Annual report on the lock hospitals of the Madras Presidency
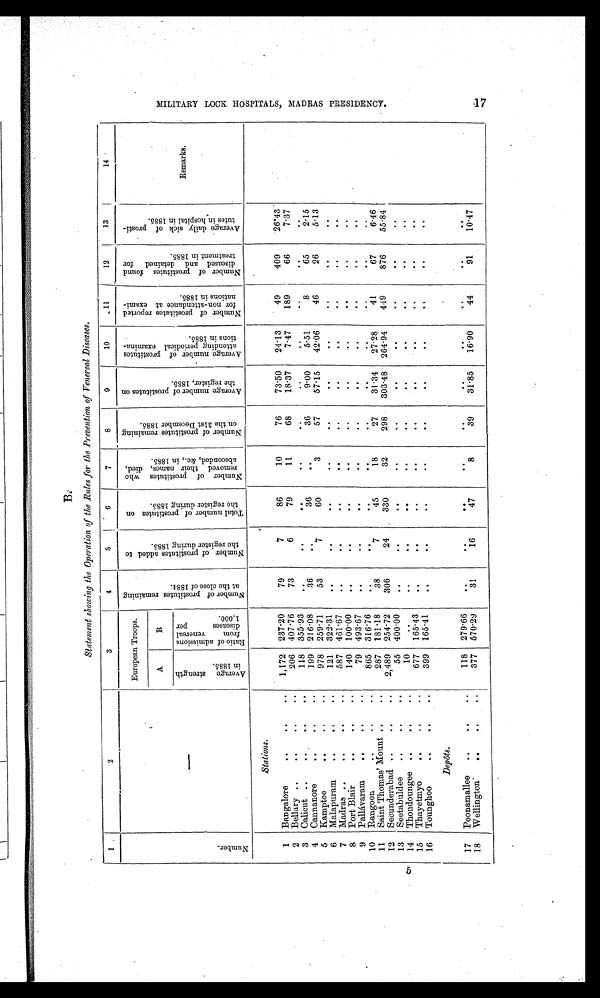
5
Statement showing the Operation of the Rules for the Prevention of Venereal Diseases.
1
2
3
4
5
6
7
8
9
10
11
1 2
13
14
N u m b e r
—
European Troops.
N u m b e r o f p r o s t i t u t e s r e m a i n i n g a t t h e c l o s e o f 1 8 8 4 .
N u m b e r o f p r o s t i t u t e s a d d e d t o t h e r e g i s t e r d u r i n g 1 8 8 5 .
T o t a l n u m b e r o f p r o s t i t u t e s o n t h e r e g i s t e r d u r i n g 1 8 8 5 .
N u m b e r o f p r o s t i t u t e s w h o r e m o v e d t h e i r n a m e s , d i e d , a b s c o n d e d , & c . , i n 1 8 8 5 .
N u m b e r o f p r o s t i t u t e s r e m a i n i n g o n t h e 3 1 s t D e c e m b e r 1 8 8 5 .
A v e r a g e n u m b e r o f p r o s t i t u t e s o n t h e r e g i s t e r , 1 8 8 5 .
A v e r a g e n u m b e r o f p r o s t i t u t e s a t t e n d i n g p e r i o d i c a l e x a m i n a t i o n s i n 1 8 8 5 .
N u m b e r o f p r o s t i t u t e s r e p o r t e d f o r n o n - a t t e n d a n c e a t e x a m i n a t i o n s i n 1 8 8 5 .
N u m b e r o f p r o s t i t u t e s f o u n d d i s e a s e d a n d d e t a i n e d f o r t r e a t m e n t i n 1 8 8 5 .
A v e r a g e d a i l y s i c k o f p r o s t i t u t e s i n h o s p i t a l i n 1 8 8 5 .
Remarks.
A
B
A v e r a g e s t r e n g t h i n 1 8 8 5 .
R a t i o o f a d m i s s i o n s f r o m v e n e r e a l d i s e a s e s p e r 1 , 0 0 0 .
Stations.
1
Bangalore
..
..
..
1,172
237·20
79
7
86
10
76
73·50
24·13
49
409
26·43
2
Bellary ..
.. ..
206
407·76
73
6
79
11
68
18·37
7·47
189
66
7·37
3
Calicut ..
..
..
..
118
355·93
..
. .
. .
. .
..
..
. .
. .
. .
. .
4
Cannanore
..
..
. .
199
216·08
36
. .
36
..
36
9·00
5·51
8
65
2·15
5
Kamptee
. . ..
..
978 259·71
53
7
60
3
57
57·15
42·06
46
26
5·13
6
Malapuram
..
..
..
121
322·31
. .
..
..
. .
..
. .
..
. .
. .
. .
7
Madras ..
. . .. ..
587 461·67
. .
. .
. .
. .
. .
. .
. .
. .
. .
. .
8
Port Blair
..
..
. .
140
100·00
. .
. .
. .
. .
. .
. .
. .
. .
. .
. .
9
Pallávaram
..
..
. .
79
493·67
. .
. . ..
. .
. .
. .
. .
. .
. .
. .
10
Rangoon
..
..
. .
865
316·76
..
..
. .
. .
. .
..
..
..
. .
..
11
Saint Thomas' Mount ..
..
287
181·18
38
7
45
18
27
31·34
27·28
41
67
6·46
12
Secunderabad ..
..
..
2,489 254·72
306
24
330
32
298
303·48
264·94
449
876
55·84
13
Seetabuldee
..
..
..
55 400·00
. .
. .
. .
. .
. .
. .
..
. .
. .
. .
14
Thondoungee ..
..
. .
10
. .
. .
. .
. .
..
. .
. .
..
. .
. .
. .
15
Thayetmyo
. . ..
677
165·43
..
. .
. .
. .
. .
. .
..
. .
. .
. .
16
Tounghoo
..
..
. .
399
165·41
. .
. .
. .
. .
. .
. .
. .
. .
. .
. .
Depôts.
17
Poonamallee
..
..
..
118
279·66
..
. .
. .
. .
. .
. .
. .
. .
. .
. .
18
Wellington
..
..
. .
377
570·29
31
16
47
8
39
31·85
16·90
44
91
10·47
M I L I T A R Y L O C K H O S P I T A L S , M A D R A S S P R E S I D E N C Y .
17